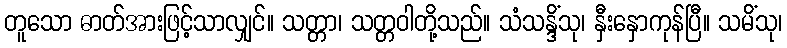
တူသော ဓာတ်အားဖြင့်သာလျှင်။ သတ္တာ၊ သတ္တဝါတို့သည်။ သံသန္ဒိံသု၊ နှီးနှောကုန်ပြီ။ သမိံသု၊